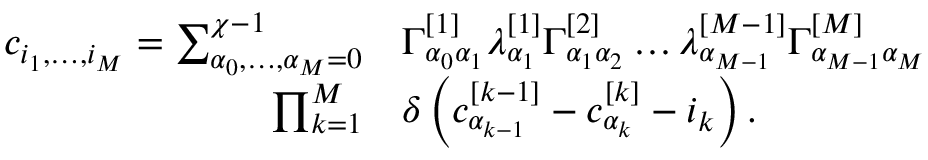
\begin{array} { r l } { c _ { i _ { 1 } , \dots , i _ { M } } = \sum _ { \alpha _ { 0 } , \dots , \alpha _ { M } = 0 } ^ { \chi - 1 } } & { { } \Gamma _ { \alpha _ { 0 } \alpha _ { 1 } } ^ { [ 1 ] } \lambda _ { \alpha _ { 1 } } ^ { [ 1 ] } \Gamma _ { \alpha _ { 1 } \alpha _ { 2 } } ^ { [ 2 ] } \dots \lambda _ { \alpha _ { M - 1 } } ^ { [ M - 1 ] } \Gamma _ { \alpha _ { M - 1 } \alpha _ { M } } ^ { [ M ] } } \\ { \prod _ { k = 1 } ^ { M } } & { { } \delta \left( c _ { \alpha _ { k - 1 } } ^ { [ k - 1 ] } - c _ { \alpha _ { k } } ^ { [ k ] } - i _ { k } \right) . } \end{array}